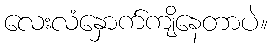
လေးလံနှောက်ကျိနေတာပဲ။